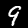
Digit: 9